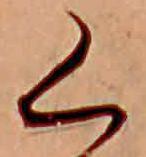
く